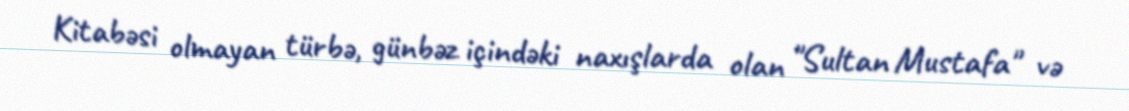
Kitabəsi olmayan türbə, günbəz içindəki naxışlarda olan "Sultan Mustafa" və